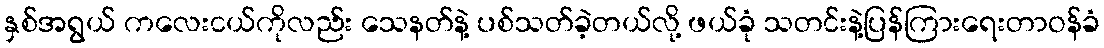
နှစ်အရွယ် ကလေးငယ်ကိုလည်း သေနတ်နဲ့ ပစ်သတ်ခဲ့တယ်လို့ ဖယ်ခုံ သတင်းနဲ့ပြန်ကြားရေးတာဝန်ခံ